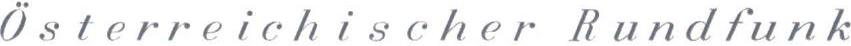
Österreichischer Rundfunk